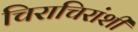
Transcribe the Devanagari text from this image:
चिराचिरांशी